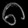
Digit: ၈